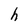
Character: h